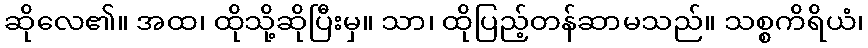
ဆိုလေ၏။ အထ၊ ထိုသို့ဆိုပြီးမှ။ သာ၊ ထိုပြည့်တန်ဆာမသည်။ သစ္စကိရိယံ၊